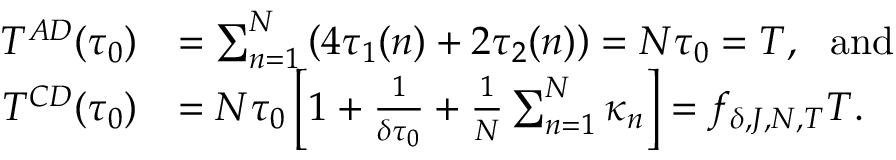
\begin{array} { r l } { T ^ { A D } ( \tau _ { 0 } ) } & { = \sum _ { n = 1 } ^ { N } \left( 4 \tau _ { 1 } ( n ) + 2 \tau _ { 2 } ( n ) \right) = N \tau _ { 0 } = T , ~ ~ \mathrm { a n d } } \\ { T ^ { C D } ( \tau _ { 0 } ) } & { = N \tau _ { 0 } \left[ 1 + \frac { 1 } { \delta \tau _ { 0 } } + \frac { 1 } { N } \sum _ { n = 1 } ^ { N } \kappa _ { n } \right] = f _ { \delta , J , N , T } T . } \end{array}